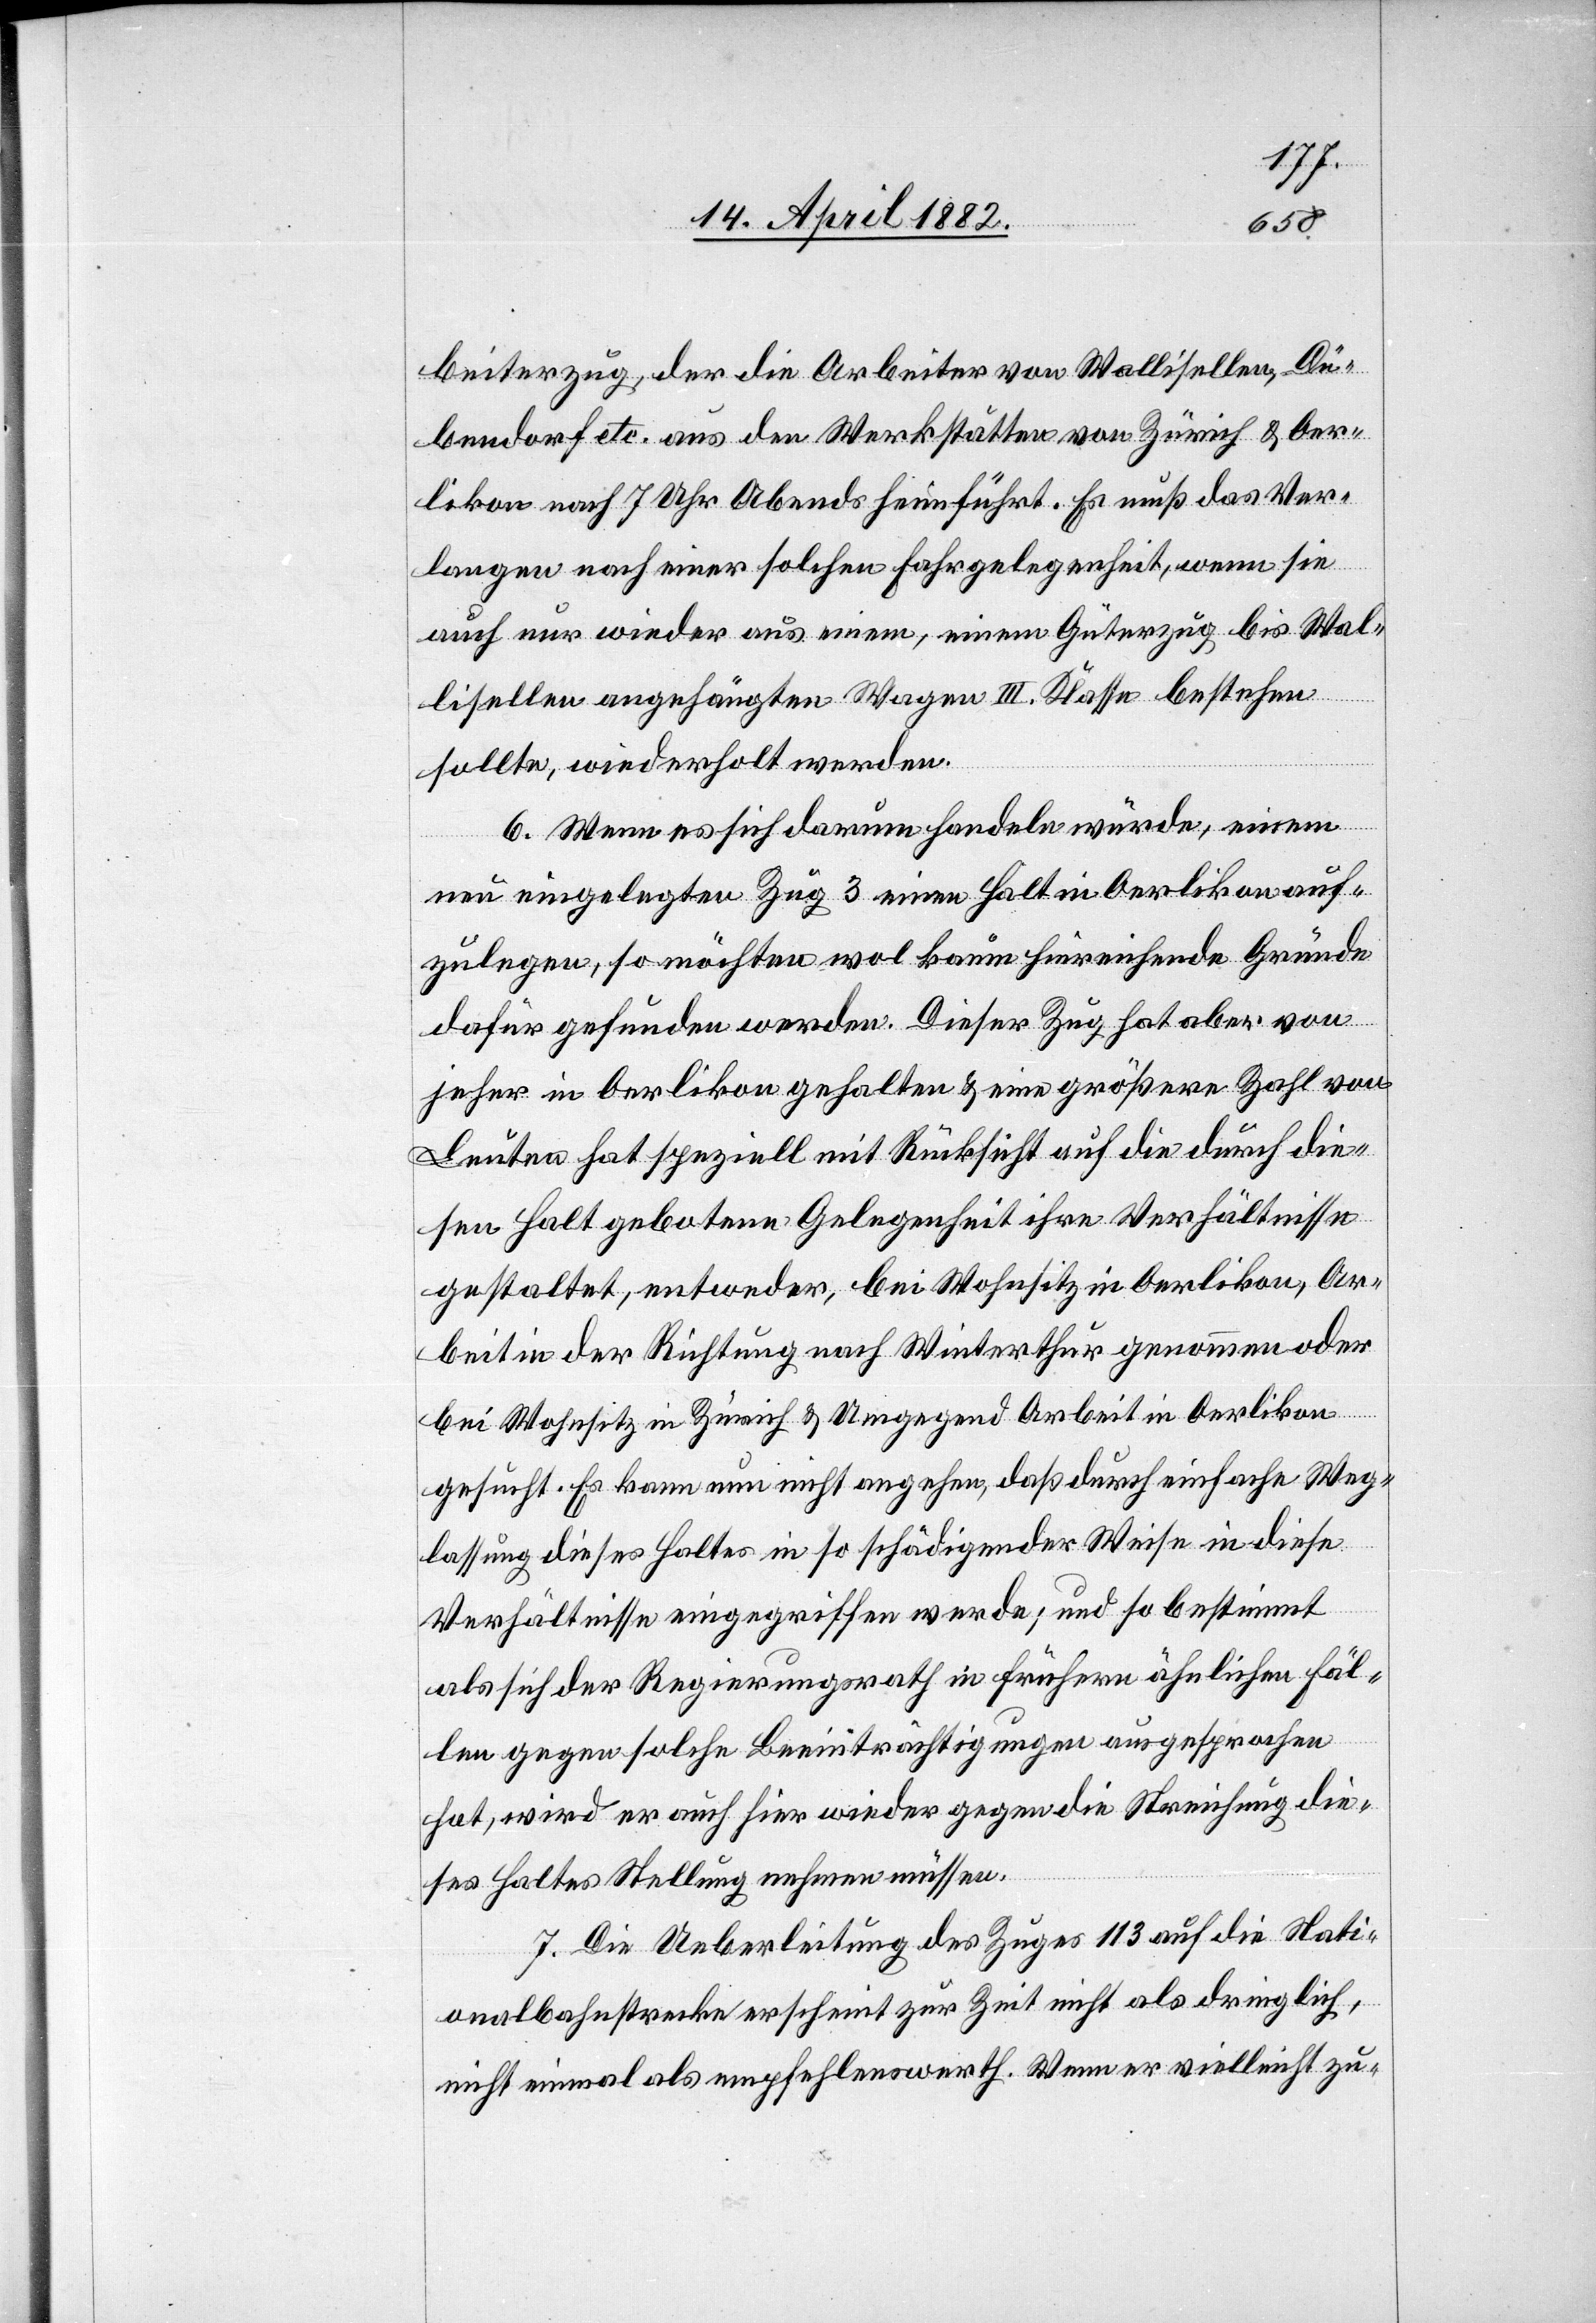
beiterzug, der die Arbeiter von Wallisellen, Dü¬
bendorf etc. aus den Werkstätten von Zürich & Oer¬
likon nach 7 Uhr Abends heimführt. Es muß das Ver¬
langen nach einer solchen Fahrgelegenheit, wenn sie
auch nur wieder aus einem, einem Güterzug bis Wal¬
lisellen angehängten Wagen III. Klasse bestehen
sollte, wiederholt werden.
6. Wenn es sich darum handeln würde, einem
neu eingelegten Zug 3 einen Halt in Oerlikon auf¬
zulegen, so möchten wol kaum hinreichende Gründe
dafür gefunden werden. Dieser Zug hat aber von
jeher in Oerlikon gehalten & eine größere Zahl von
Leuten hat speziell mit Rücksicht auf die durch die¬
sen Halt gebotene Gelegenheit ihre Verhältnisse
gestaltet, entweder, bei Wohnsitz in Oerlikon, Ar¬
beit in der Richtung nach Winterthur genommen oder
bei Wohnsitz in Zürich & Umgegend Arbeit in Oerlikon
gesucht. Es kann nun nicht angehen, daß durch einfache Weg¬
lassung dieses Haltes in so schädigender Weise in diese
Verhältnisse eingegriffen werde; und so bestimmt
als sich der Regierungsrath in frühern ähnlichen Fäl¬
len gegen solche Beeinträchtigungen ausgesprochen
hat, wird er auch hier wieder gegen die Streichung die¬
ses Haltes Stellung nehmen müssen.
7. Die Ueberleitung des Zuges 113 auf die Nati¬
onalbahnstrecke erscheint zur Zeit nicht als dringlich,
nicht einmal als empfehlenswerth. Wenn er vielleicht zu-